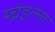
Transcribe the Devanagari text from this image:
म्च्नेइल्ल्